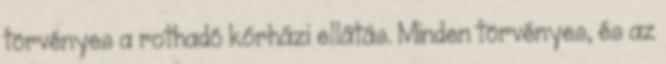
törvényes a rothadó kórházi ellátás. Minden törvényes, és az